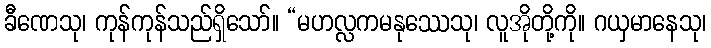
ခီဏေသု၊ ကုန်ကုန်သည်ရှိသော်။ “မဟလ္လကမနုဿေသု၊ လူအိုတို့ကို။ ဂယှမာနေသု၊